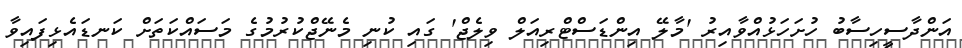
އަންދާސީހިސާބު ހުށަހަޅުއްވާއިރު 'މާލޭ އިންޑަސްޓްރިއަލް ވިލެޖް' ގައި ކުނި މެނޭޖްކުރުމުގެ މަސައްކަތަށް ކަނޑައެޅިފައިވާ